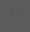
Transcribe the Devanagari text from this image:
प्रघाता